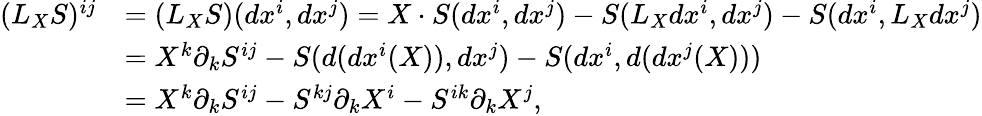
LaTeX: \begin{array}{rl}{(L_{X}S)^{ij}}&{=(L_{X}S)(dx^{i},dx^{j})=X\cdot S(dx^{i},dx^{j})-S(L_{X}dx^{i},dx^{j})-S(dx^{i},L_{X}dx^{j})}\\ &{=X^{k}\partial_{k}S^{ij}-S(d(dx^{i}(X)),dx^{j})-S(dx^{i},d(dx^{j}(X)))}\\ &{=X^{k}\partial_{k}S^{ij}-S^{kj}\partial_{k}X^{i}-S^{ik}\partial_{k}X^{j},}\end{array}